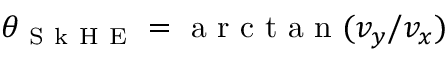
\theta _ { \mathrm { ~ S ~ k ~ H ~ E ~ } } = \mathrm { ~ a ~ r ~ c ~ t ~ a ~ n ~ } ( v _ { y } / v _ { x } )